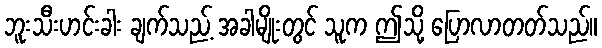
ဘူးသီးဟင်းခါး ချက်သည့် အခါမျိုးတွင် သူက ဤသို့ ပြောလာတတ်သည်။